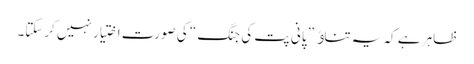
ظاہر ہے کہ یہ تناﺅ ” پانی پت کی جنگ “ کی صورت اختیار نہیں کرسکتا۔